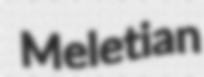
Meletian